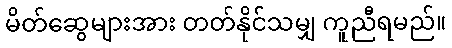
မိတ်ဆွေများအား တတ်နိုင်သမျှ ကူညီရမည်။